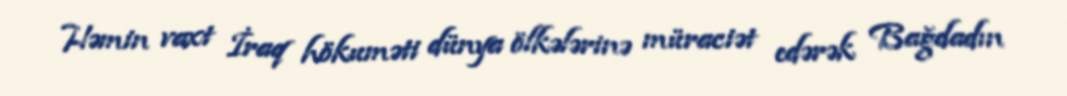
Həmin vaxt İraq hökuməti dünya ölkələrinə müraciət edərək Bağdadın